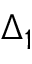
\Delta _ { 1 }